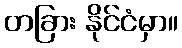
တခြား နိုင်ငံမှာ။